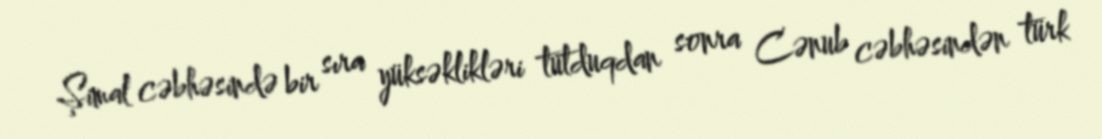
Şimal cəbhəsində bir sıra yüksəklikləri tutduqdan sonra Cənub cəbhəsindən türk